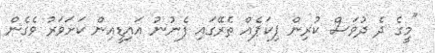
"މީގެ ދެ ދުވަސް ކުރިން ޕިކަޕެއް ތެރޭގައި ފެނުނު އައިޑީއިން ކަށަވަރު ވެގެން